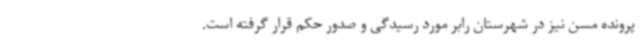
پرونده مسن نیز در شهرستان رابر مورد رسیدگی و صدور حکم قرار گرفته است.